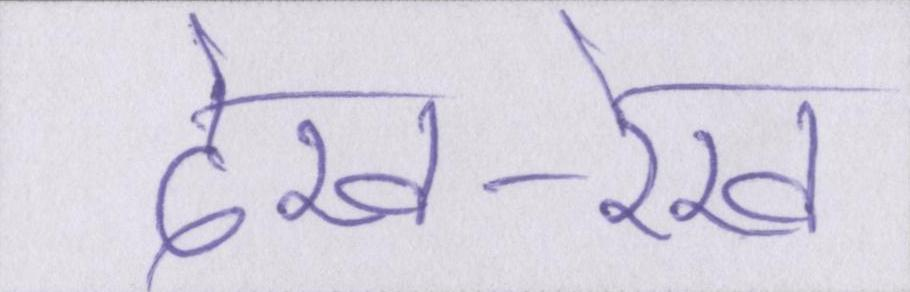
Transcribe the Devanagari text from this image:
देख-रेख